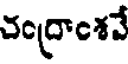
చంద్రాంశవే